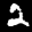
Label: 2